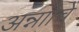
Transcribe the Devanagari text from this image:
अन्नाोचे